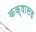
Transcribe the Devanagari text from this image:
कक्षासह